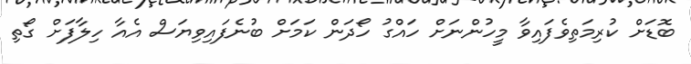
ބޮޑަށް ކުރިމަތިވެފައިވާ މީހުންނަށް ހައްގު ހޯދަން ކަމަށް ބުނެފައިވިޔަސް އެއާ ހިލާފަށް ގޯތި